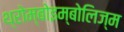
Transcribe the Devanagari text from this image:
थ्रोम्बोइम्बोलिज्म